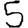
Digit: 5